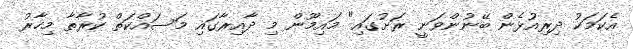
އެކަމަކު ދިރިއުޅެން ބޭނުންވަނީ ރަށުގައި" މައިމޫން މި ދާއިރާގައި މަސައްކަތް ކުރާތާ މިހާރު